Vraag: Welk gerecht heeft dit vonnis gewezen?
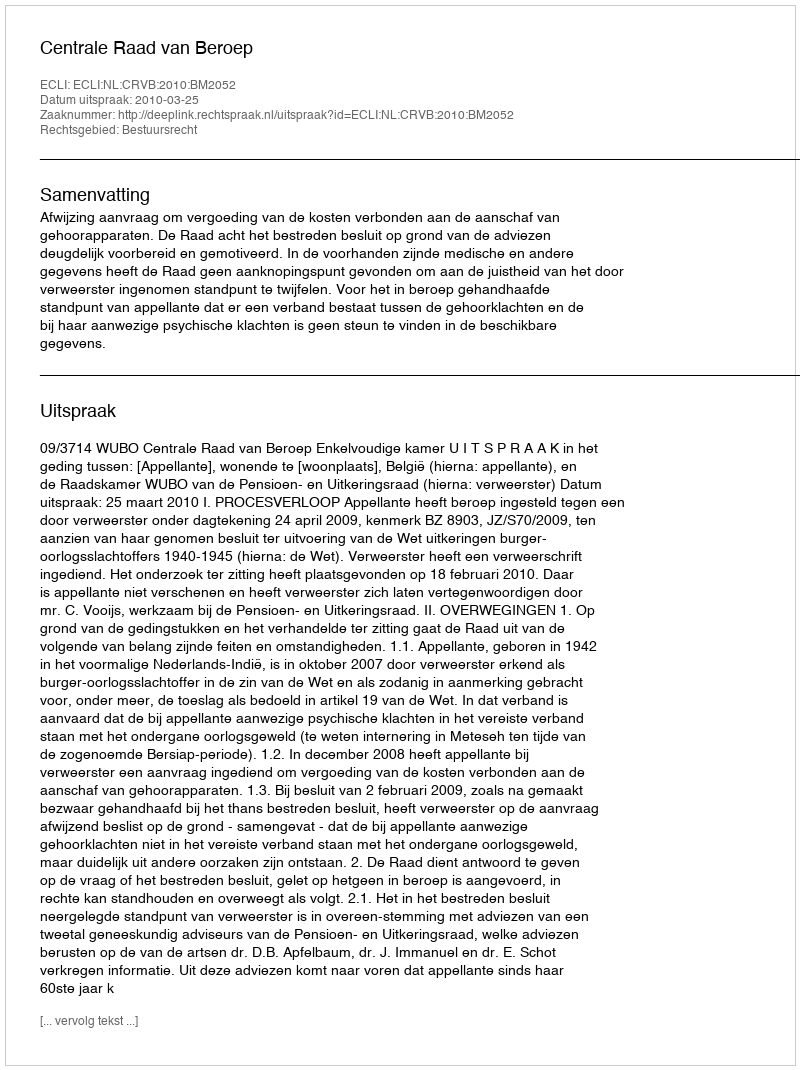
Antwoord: Centrale Raad van Beroep